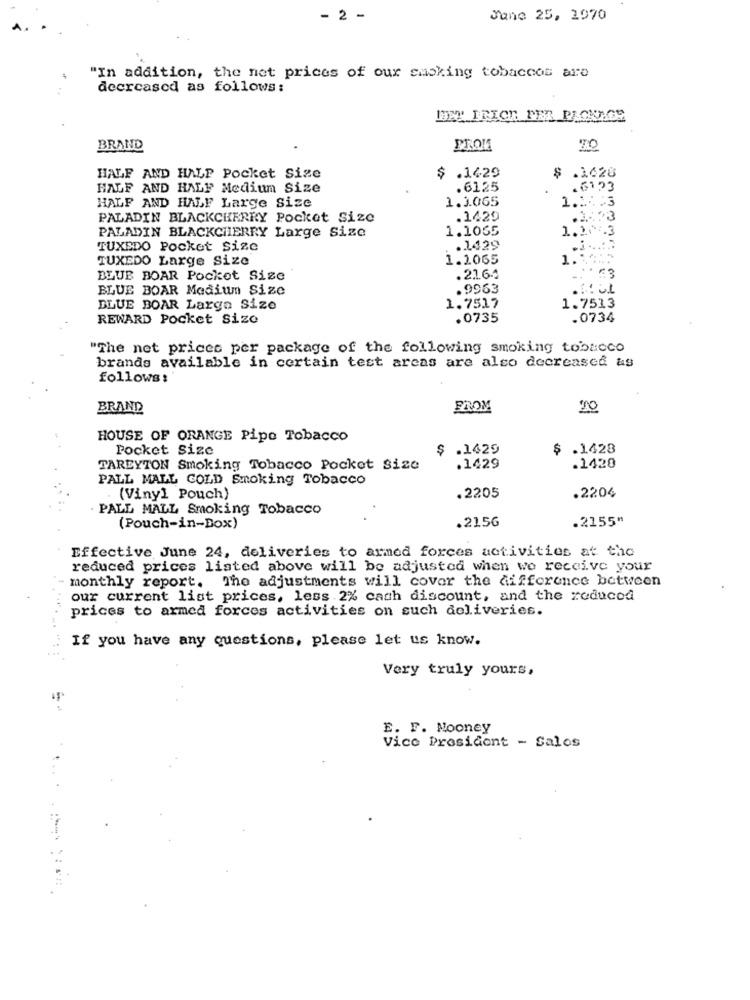
- 2 -
Jane 25, 1970
"In addition, the net prices of our casking tobaccos are
decreased as follows:
BRAND
PROM
HALF AND HALF Pocket Size
$ .1429
$ .1628
HALF AND HALF Medium Size
. 6125
.6123
1.3.065
1.1: 03
HALF AND HALF Large Size
PALADIN BLACKCHERRY Pocket Size
.1429
.1:73
PALADIN BLACKCHERRY Large Size
1.1065
1.20.3
TUXEDO Pocket Size
.1429
-
TUXEDO Large Size
1.1065
BLUE BOAR Pocket Sise
.2164
-.
BLUE BOAR Medium Size
.9963
BLUE BOAR Larga Size
1.7517
1.7513
REWARD Pocket Size
.0735
.0734
"The net prices per package of the following smoking tobacco
brands available in certain test areas are also decreased &s
follows:
BRAND
FROM
20
HOUSE OF ORANGE Pipe Tobacco
Pocket size
$
.1429
$ .1428
TAREYTON Smoking Tobacco Pocket Size
.1429
.1420
PALL MALL COLD Smoking Tobacco
.2205
.2204
(Vinyl Pouch)
PALL MALL Smoking Tobacco
.2156
.2155"
(Pouch-in-Box)
Effective June 24, deliveries to armed forces activities at the
reduced prices listed above will be adjusted when we receive your
monthly report. The adjustments will cover the difference between
our current list prices, less 2% cash discount, and the reduced
prices to armed forces activities on such deliveries.
If you have any questions, please let us know.
Very truly yours,
E. F. Nooney
Vice President - Sales
...